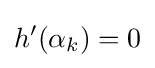
h'(\alpha _{k})=0